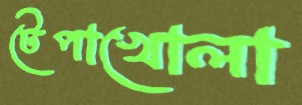
টেপাখোলা